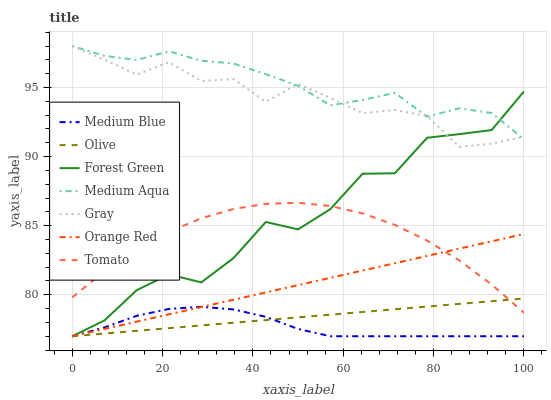
| xaxis_label | Medium Blue | Olive | Forest Green | Medium Aqua | Gray | Orange Red | Tomato |
 | --- | --- | --- | --- | --- | --- | --- | --- |
 | 0 | 77 | 77 | 77 | 98 | 98 | 77 | 79.8 |
 | 7.14 | 77.6 | 77.2 | 78.1 | 97.3 | 97 | 77.5 | 81.7 |
 | 14.3 | 78.5 | 77.4 | 80.3 | 97 | 95.9 | 78.1 | 83.3 |
 | 21.4 | 79 | 77.6 | 81.5 | 97.6 | 96.8 | 78.6 | 84.6 |
 | 28.6 | 79.1 | 77.8 | 80.9 | 96.9 | 95.5 | 79.1 | 85.5 |
 | 35.7 | 78.9 | 78 | 82.7 | 96.7 | 95.6 | 79.6 | 86.2 |
 | 42.9 | 78.4 | 78.2 | 85.3 | 96 | 94 | 80.2 | 86.6 |
 | 50 | 77.5 | 78.4 | 84.7 | 95.1 | 95.3 | 80.7 | 86.7 |
 | 57.1 | 77 | 78.6 | 86.2 | 93.7 | 94.3 | 81.2 | 86.4 |
 | 64.3 | 77 | 78.8 | 88.8 | 94.1 | 93.1 | 81.8 | 85.9 |
 | 71.4 | 77 | 79 | 88.8 | 94.6 | 93.4 | 82.3 | 85.1 |
 | 78.6 | 77 | 79.1 | 91.4 | 92.9 | 92.9 | 82.8 | 83.9 |
 | 85.7 | 77 | 79.3 | 91.6 | 93.5 | 90.7 | 83.3 | 82.5 |
 | 92.9 | 77 | 79.5 | 91.9 | 93.2 | 90.9 | 83.9 | 80.7 |
 | 100 | 77 | 79.7 | 94.7 | 91.3 | 91.4 | 84.4 | 78.7 |